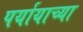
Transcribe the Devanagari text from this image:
पर्यायाच्या